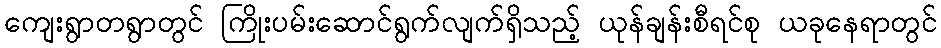
ကျေးရွာတရွာတွင် ကြိုးပမ်းဆောင်ရွက်လျက်ရှိသည့် ယုန်ချန်းစီရင်စု ယခုနေရာတွင်